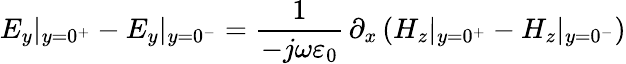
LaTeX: E_{y}|_{y=0^{+}}-E_{y}|_{y=0^{-}}=\frac{1}{-j\omega\varepsilon_{0}}\, \partial_{x}\left(H_{z}|_{y=0^{+}}-H_{z}|_{y=0^{-}}\right)